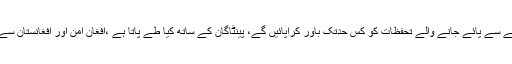
وزیر اعظم کے ساتھ گئے آرمی چیف سیکورٹی کے حوالے سے پائے جانے والے تحفظات کو کس حدتک باور کراپائیں گے، پینٹاگان کے ساتھ کیا طے پاتا ہے ،افغان امن اور افغانستان سے امریکی فوجیوں کے نکلنے کا کیا فارمولا طے پاتا ہے ۔